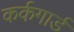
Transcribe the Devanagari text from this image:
कर्कगार्ड